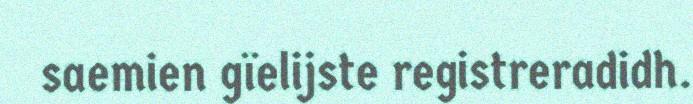
saemien gïelijste registreradidh.